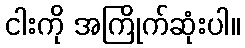
ငါးကို အကြိုက်ဆုံးပါ။